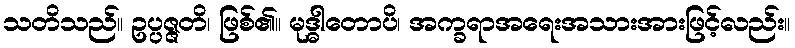
သတိသည်။ ဥပ္ပဇ္ဇတိ၊ ဖြစ်၏။ မုဒ္ဓါတောပိ၊ အက္ခရာအရေးအသားအားဖြင့်လည်း။